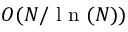
{ \cal O } ( N / \mathrm { ~ l ~ n ~ } ( N ) )